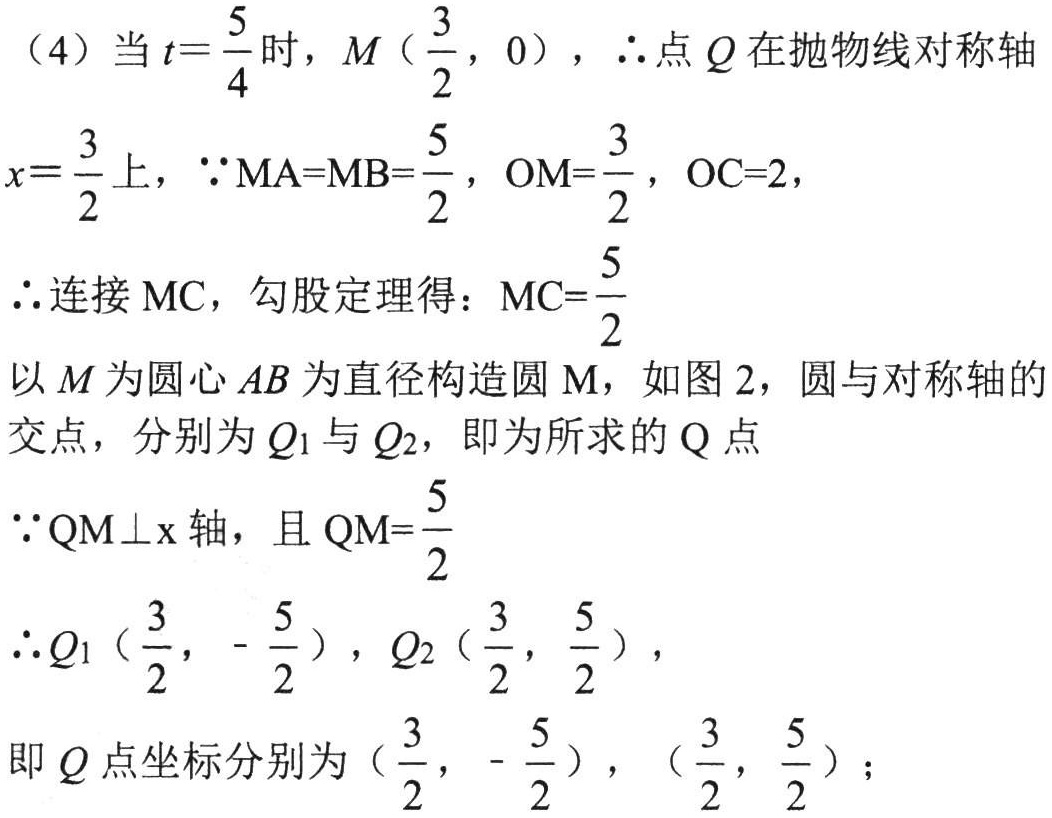
（4）当\(t = \frac{5}{4}\)时，\(M\left(\frac{3}{2},0\right)\)，\(\therefore\)点 \(Q\)在抛物线对称轴
\(x = \frac{3}{2}\)上，\(\because MA = MB=\frac{5}{2}\)，\(OM=\frac{3}{2}\)，\(OC = 2\)，
\(\therefore\)连接 \(MC\)，勾股定理得：\(MC=\frac{5}{2}\)
以 \(M\)为圆心 \(AB\)为直径构造圆 \(\text{M}\)，如图 2，圆与对称轴的
交点，分别为\(Q_1\)与\(Q_2\)，即为所求的 \(Q\)点
\(\because QM\perp x\)轴，且 \(QM=\frac{5}{2}\)
\(\therefore Q_1\left(\frac{3}{2},-\frac{5}{2}\right)\)，\(Q_2\left(\frac{3}{2},\frac{5}{2}\right)\)，
即 \(Q\)点坐标分别为\(\left(\frac{3}{2},-\frac{5}{2}\right)\)，\(\left(\frac{3}{2},\frac{5}{2}\right)\)；